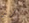
تريد